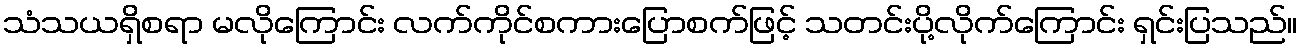
သံသယရှိစရာ မလိုကြောင်း လက်ကိုင်စကားပြောစက်ဖြင့် သတင်းပို့လိုက်ကြောင်း ရှင်းပြသည်။